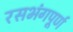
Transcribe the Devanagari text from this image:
रसभंगपूर्ण